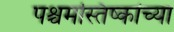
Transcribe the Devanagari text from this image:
पश्चमस्तिष्कांच्या